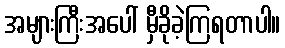
အများကြီးအပေါ် မှီခိုခဲ့ကြရတာပါ။